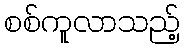
စစ်ကူလာသည့်